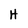
Character: H